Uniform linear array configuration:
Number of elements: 64
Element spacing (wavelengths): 0.75
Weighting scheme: binomial
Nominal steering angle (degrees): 15
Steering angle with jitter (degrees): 15.627
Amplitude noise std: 0.05
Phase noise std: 0.05

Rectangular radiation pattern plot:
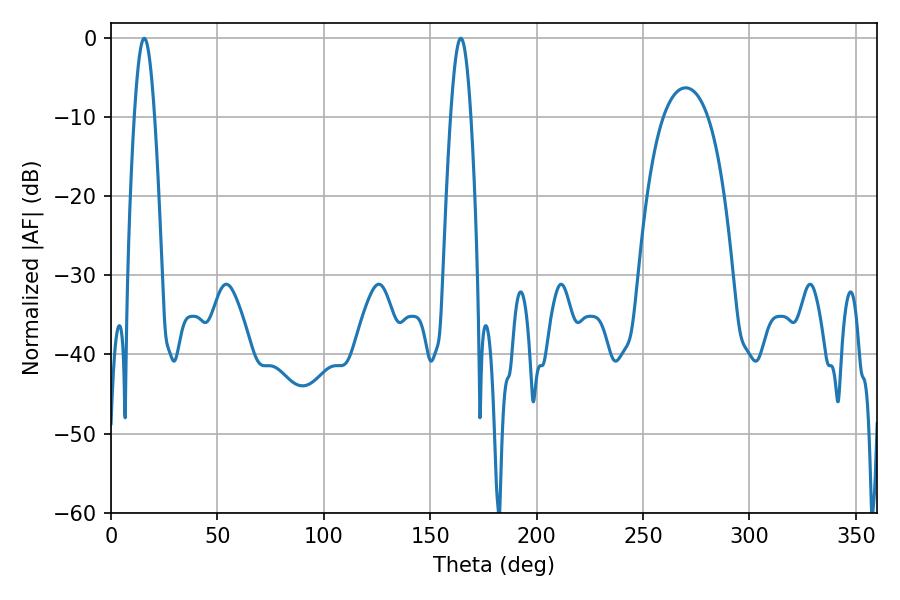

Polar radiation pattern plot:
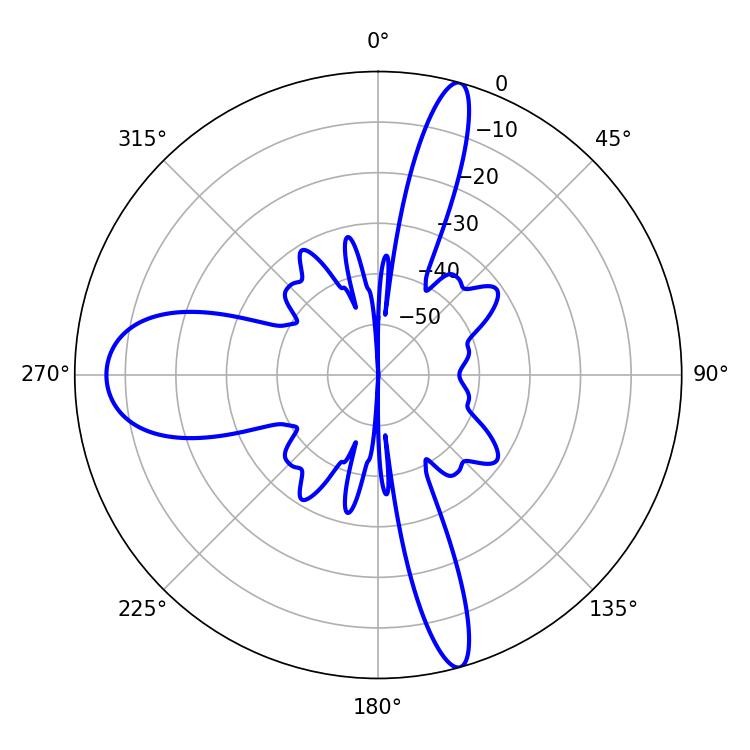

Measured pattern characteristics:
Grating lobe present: TRUE
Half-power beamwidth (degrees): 5.04
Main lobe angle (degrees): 15.66